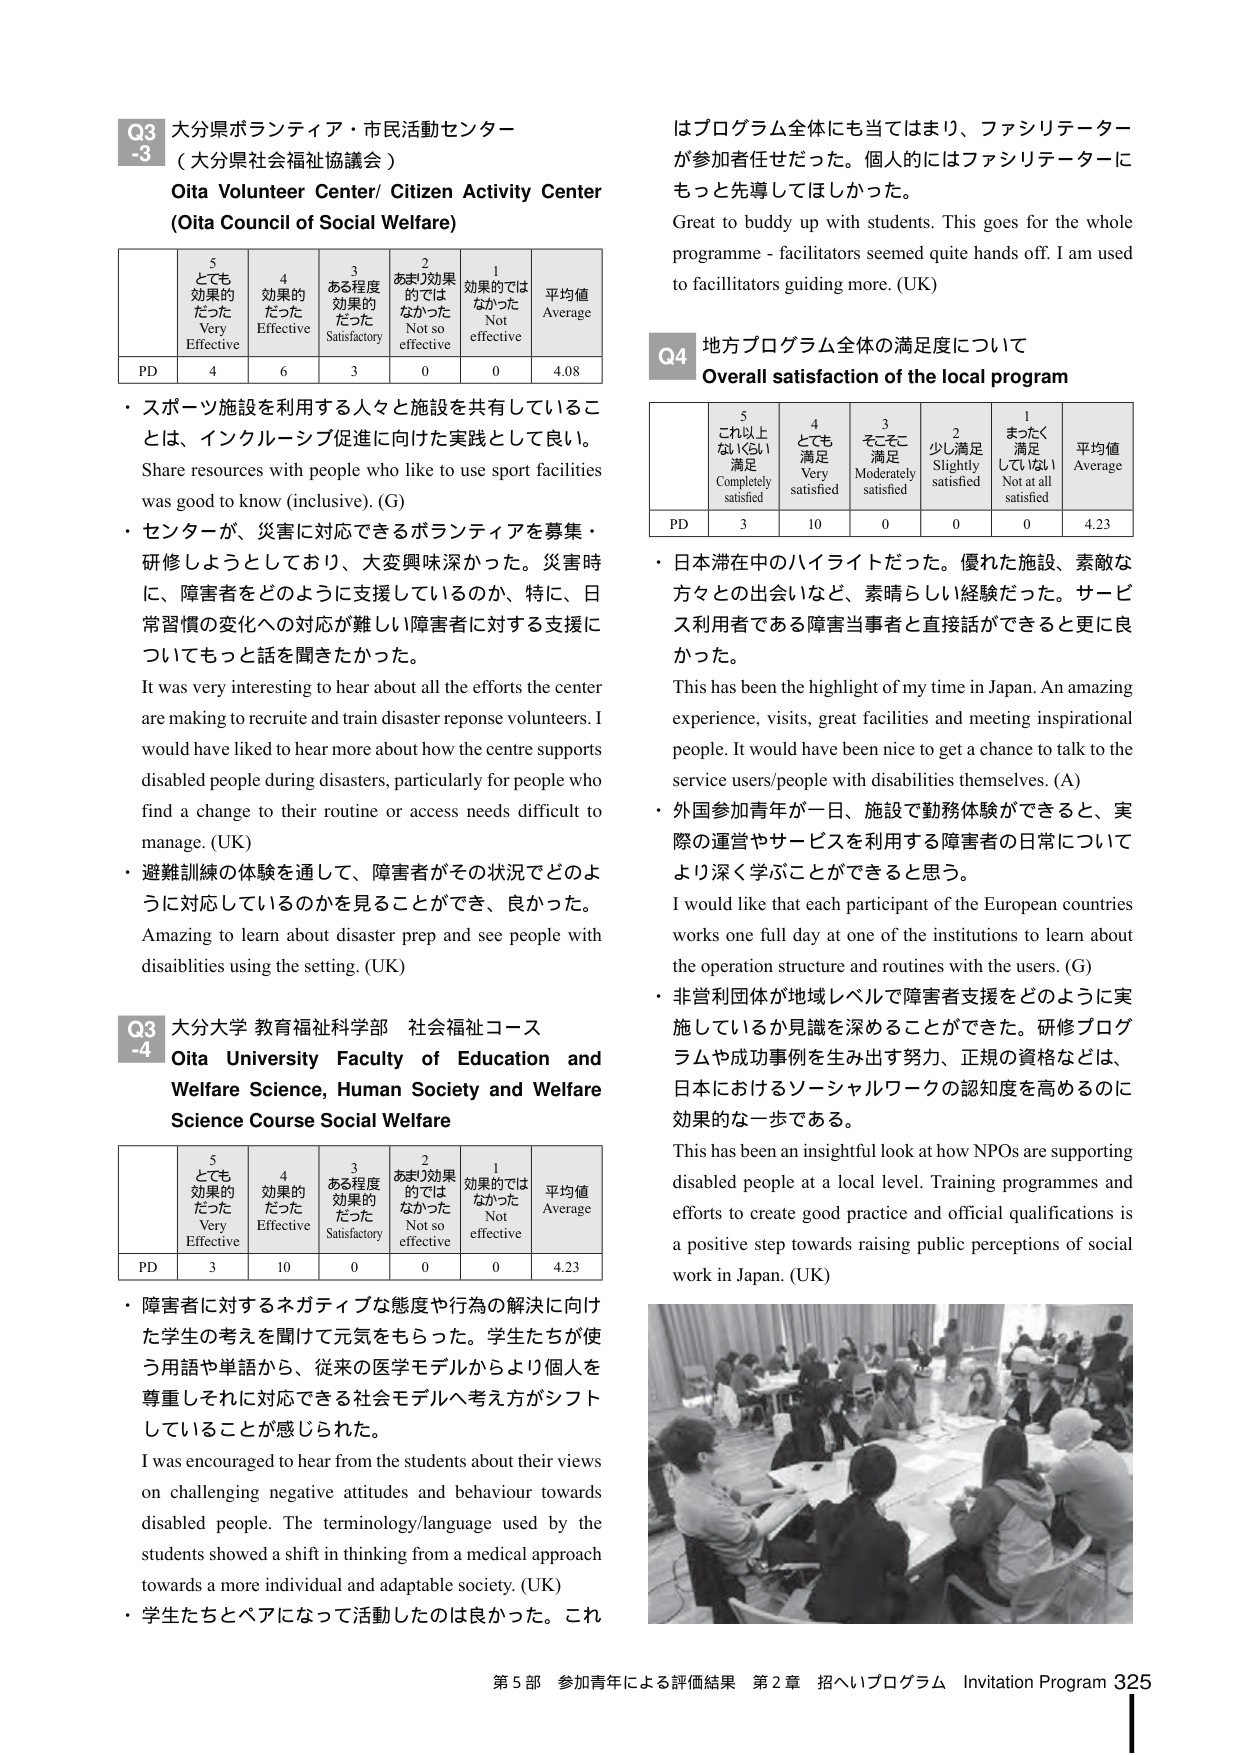
Q3 大分県ボランティア・市民活動センター
（大分県社会福祉協議会）
Oita Volunteer Center/ Citizen Activity Center
(Oita Council of Social Welfare)

5 とても効果的だった
Very Effective
4 効果的だった
Effective
3 ある程度効果的だった
Satisfactory
2 あまり効果的ではなかった
Not so effective
1 効果的ではなかった
Not effective
平均値
Average

PD 4 6 3 0 0 4.08

・スポーツ施設を利用する人々と施設を共有していることは、インクルーシブ促進に向けた実践として良い。
Share resources with people who like to use sport facilities was good to know (inclusive). (G)

・センターが、災害に対応できるボランティアを募集・研修しようとしており、大変興味深かった。災害時に、障害者をどのように支援しているのか、特に、日常習慣の変化への対応が難しい障害者に対する支援についてもっと話を聞きたかった。
It was very interesting to hear about all the efforts the center are making to recruit and train disaster response volunteers. I would have liked to hear more about how the centre supports disabled people during disasters, particularly for people who find a change to their routine or access needs difficult to manage. (UK)

・避難訓練の体験を通して、障害者がその状況でどのように対応しているのかを見ることができ、良かった。
Amazing to learn about disaster prep and see people with disabilities using the setting. (UK)

Q3 大分大学 教育福祉科学部 社会福祉コース
Oita University Faculty of Education and Welfare Science, Human Society and Welfare Science Course Social Welfare

5 とても効果的だった
Very Effective
4 効果的だった
Effective
3 ある程度効果的だった
Satisfactory
2 あまり効果的ではなかった
Not so effective
1 効果的ではなかった
Not effective
平均値
Average

PD 3 10 0 0 0 4.23

・障害者に対するネガティブな態度や行為の解決に向けた学生の考えを聞いて元気をもらった。学生たちが使う用語や単語から、従来の医学モデルからより個人を尊重しそれに対応できる社会モデルへ考え方がシフトしていることが感じられた。
I was encouraged to hear from the students about their views on challenging negative attitudes and behaviour towards disabled people. The terminology/language used by the students showed a shift in thinking from a medical approach towards a more individual and adaptable society. (UK)

・学生たちとペアになって活動したのは良かった。これ

はプログラム全体にも当てはまり、ファシリテーターが参加者任せだった。個人的にはファシリテーターにもっと先導してほしかった。
Great to buddy up with students. This goes for the whole programme - facilitators seemed quite hands off. I am used to facilitators guiding more. (UK)

Q4 地方プログラム全体の満足度について
Overall satisfaction of the local program

5 これ以上ないくらい満足
Completely satisfied
4 とても満足
Very satisfied
3 そこそこ満足
Moderately satisfied
2 少し満足
Slightly satisfied
1 まったく満足していない
Not at all satisfied
平均値
Average

PD 3 10 0 0 0 4.23

・日本滞在中のハイライトだった。優れた施設、素敵な方々との出会いなど、素晴らしい経験だった。サービス利用者である障害当事者と直接話ができると更に良かった。
This has been the highlight of my time in Japan. An amazing experience, visits, great facilities and meeting inspirational people. It would have been nice to get a chance to talk to the service users/people with disabilities themselves. (A)

・外国参加青年が一日、施設で勤務体験ができると、実際の運営やサービスを利用する障害者の日常についてより深く学ぶことができると思う。
I would like that each participant of the European countries works one full day at one of the institutions to learn about the operation structure and routines with the users. (G)

・非営利団体が地域レベルで障害者支援をどのように実施しているか見識を深めることができた。研修プログラムや成功事例を生み出す努力、正規の資格などは、日本におけるソーシャルワークの認知度を高めるのに効果的な一歩である。
This has been an insightful look at how NPOs are supporting disabled people at a local level. Training programmes and efforts to create good practice and official qualifications is a positive step towards raising public perceptions of social work in Japan. (UK)

第5部 参加青年による評価結果 第2章 招へいプログラム Invitation Program 325